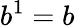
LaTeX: b^{1}=b